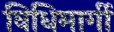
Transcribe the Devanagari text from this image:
विधिमार्गी